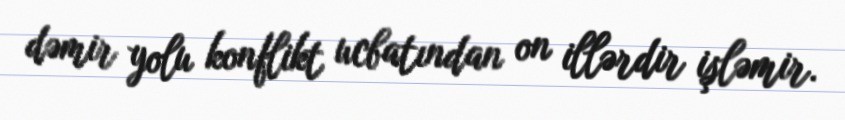
dəmir yolu konflikt ucbatından on illərdir işləmir.